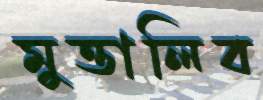
মুত্তালিব